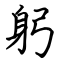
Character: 躬